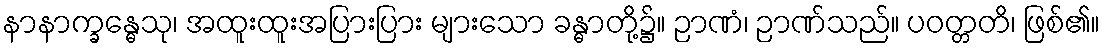
နာနာက္ခန္ဓေသု၊ အထူးထူးအပြားပြား များသော ခန္ဓာတို့၌။ ဉာဏံ၊ ဉာဏ်သည်။ ပဝတ္တတိ၊ ဖြစ်၏။